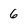
Character: 6